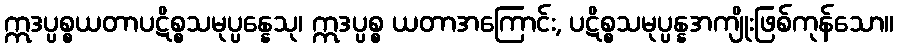
ဣဒပ္ပစ္စယတာပဋိစ္စသမုပ္ပန္နေသု၊ ဣဒပ္ပစ္စ ယတာအကြောင်း, ပဋိစ္စသမုပ္ပန္နအကျိုးဖြစ်ကုန်သော။